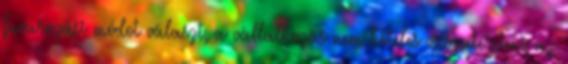
fuvarozási módot választ, a vállalkozás nem köteles visszatéríteni az